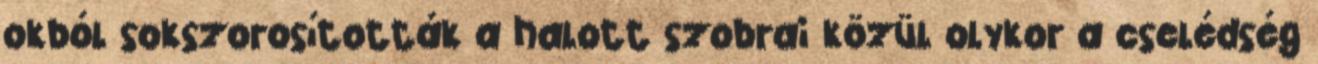
okból sokszorosították a halott szobrai közül olykor a cselédség